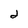
Character: 2